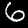
Label: 6